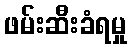
ဖမ်းဆီးခံရမှု